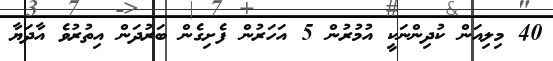
40 މިލިއަން ކުދިންނަކީ އުމުރުން 5 އަހަރުން ފެށިގެން ބަރުދަން އިތުރުވެ އާދަޔާ